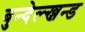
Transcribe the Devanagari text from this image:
बुन्देल्ख्नन्ड